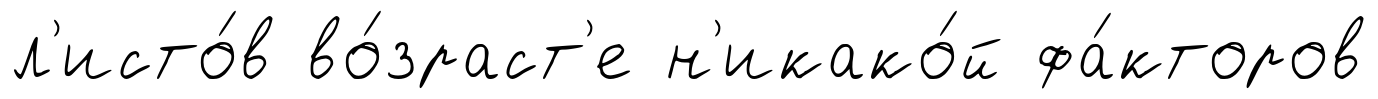
л'исто́в во́зраст'е н'икако́й фа́кторов